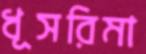
ধূসরিমা